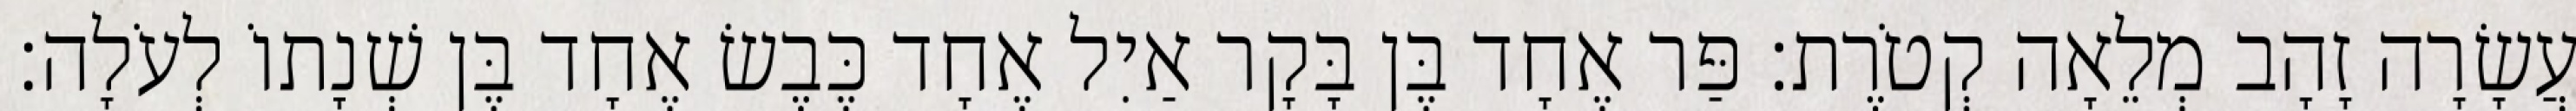
עֲשָׂרָה זָהָב מְלֵאָה קְטֹרֶת׃ פַּר אֶחָד בֶּן בָּקָר אַיִל אֶחָד כֶּבֶשׂ אֶחָד בֶּן שְׁנָתוֹ לְעֹלָה׃